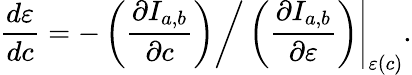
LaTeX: \left.\frac{d\varepsilon}{dc}=-\left({\frac{\partial I_{a,b}}{\partial c}}\right)\bigg/\left({\frac{\partial I_{a,b}}{\partial\varepsilon}}\right)\right|_{\varepsilon(c)}.